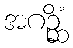
အဂဉ္ဆိံ